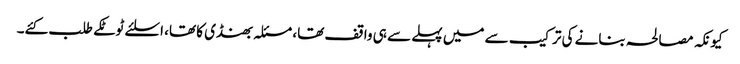
کیونکہ مصالحہ بنانے کی ترکیب سے میں پہلے سے ہی واقف تھا، مسئلہ بھنڈی کا تھا، اسلئے ٹوٹکے طلب کئے۔